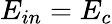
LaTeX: E_{in}=E_{c}